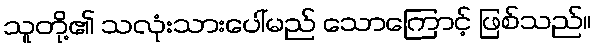
သူတို့၏ သလုံးသားပေါ်မည် သောကြောင့် ဖြစ်သည်။